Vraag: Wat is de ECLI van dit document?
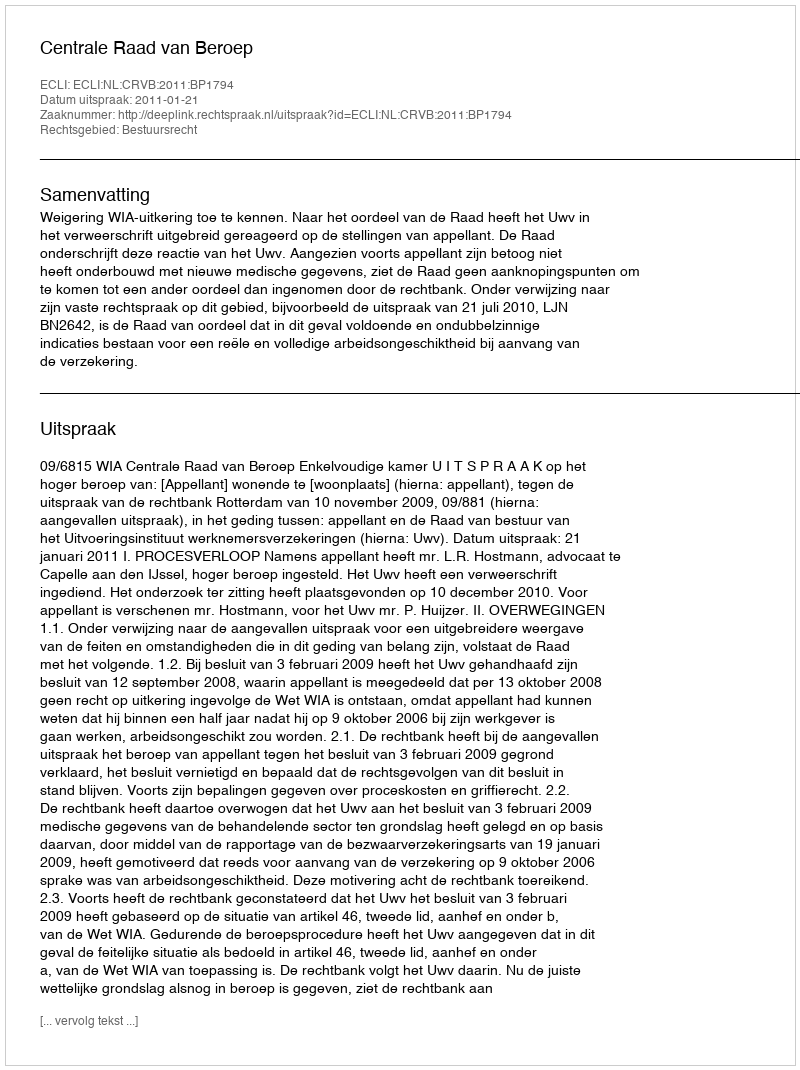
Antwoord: ECLI:NL:CRVB:2011:BP1794